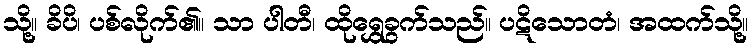
သို့။ ခိပိ၊ ပစ်လိုက်၏။ သာ ပါတီ၊ ထိုရွှေခွက်သည်။ ပဋိသောတံ၊ အထက်သို့။